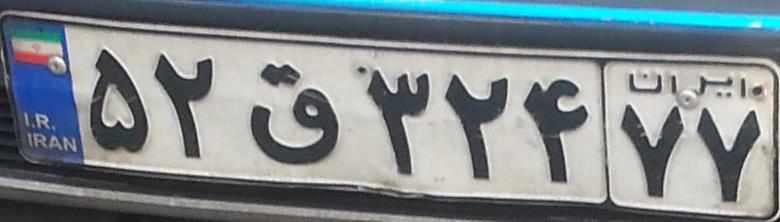
۵۲ق۳۲۴۷۷